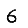
Digit: 6